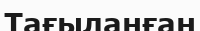
Тағыланған